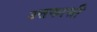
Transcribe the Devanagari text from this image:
उत्तकाशी